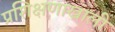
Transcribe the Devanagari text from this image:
प्रशिक्षणाखाली